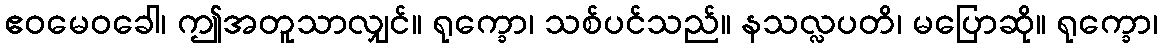
ဧဝမေဝခေါ၊ ဤအတူသာလျှင်။ ရုက္ခော၊ သစ်ပင်သည်။ နသလ္လပတိ၊ မပြောဆို။ ရုက္ခော၊